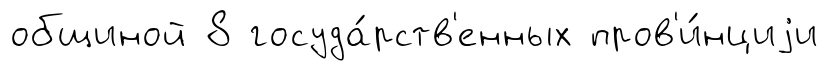
общиной 8 госуда́рств'енных пров'и́нциjи